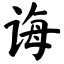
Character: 诲